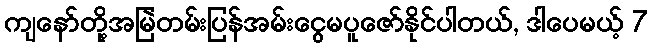
ကျနော်တို့အမြဲတမ်းပြန်အမ်းငွေမပူဇော်နိုင်ပါတယ်, ဒါပေမယ့် 7